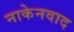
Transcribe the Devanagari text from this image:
नाकेनवाद